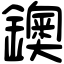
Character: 鐭